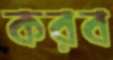
করব